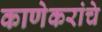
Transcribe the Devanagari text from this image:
काणेकरांचे